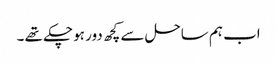
اب ہم ساحل سے کچھ دور ہو چکے تھے ۔